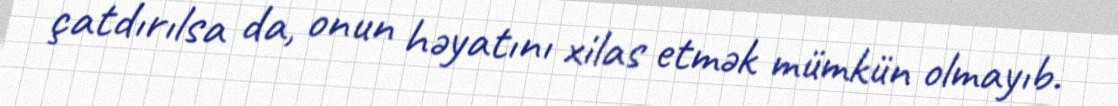
çatdırılsa da, onun həyatını xilas etmək mümkün olmayıb.